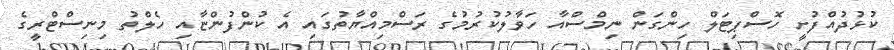
ކުޅުދުއްފުށީ ހޮސްޕިޓަލް ހިންގަން ނިމްސްއާ ހަވާލުކުރުމުގެ ރަސްމިއްޔާތުގައި އެ ކުންފުންޏާއި ހެލްތު މިނިސްޓްރީގެ